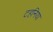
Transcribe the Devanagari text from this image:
टहनिया